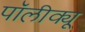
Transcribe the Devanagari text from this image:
पॉलीक्यू